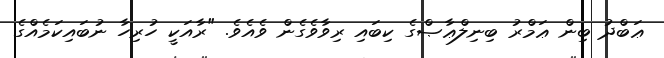
ޢަބްދު ބިން ޢަމްރު ބިނިލްޢާޞްގެ ކިބައި ރިވާވެގެން ވެއެވެ. "ރާއަކީ ހުރިހާ ނުބައިކަމެއްގެ